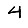
Digit: 4